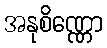
အနုစိဏ္ဏော